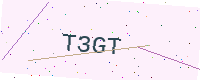
Text: T3GT